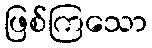
ဖြစ်ကြသော